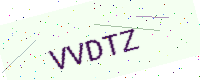
Text: VVDTZ